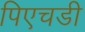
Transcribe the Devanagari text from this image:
पिएचडी